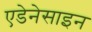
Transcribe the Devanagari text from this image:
एडेनेसाइन